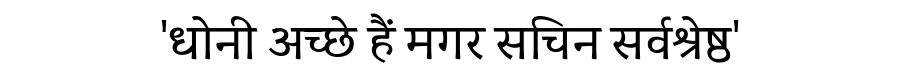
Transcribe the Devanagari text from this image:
'धोनी अच्छे हैं मगर सचिन सर्वश्रेष्ठ'